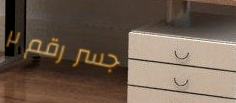
جسر رقم ٢